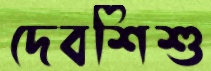
দেবশিশু